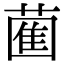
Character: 𮐩